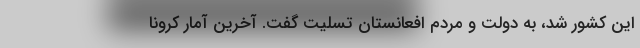
این کشور شد، به دولت و مردم افعانستان تسلیت گفت. آخرین آمار کرونا